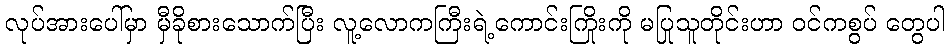
လုပ်အားပေါ်မှာ မှီခိုစားသောက်ပြီး လူ့လောကကြီးရဲ့ကောင်းကြိုးကို မပြုသူတိုင်းဟာ ဝင်ကစွပ် တွေပါ